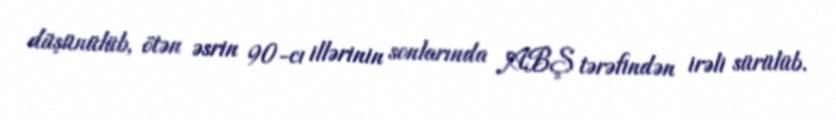
düşünülüb, ötən əsrin 90-cı illərinin sonlarında ABŞ tərəfindən irəli sürülüb.